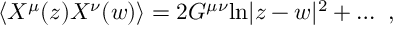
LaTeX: \langle X ^ { \mu } ( z ) X ^ { \nu } ( w ) \rangle = 2 G ^ { \mu \nu } \mathrm { l n } | z - w | ^ { 2 } + \dots ~ ,